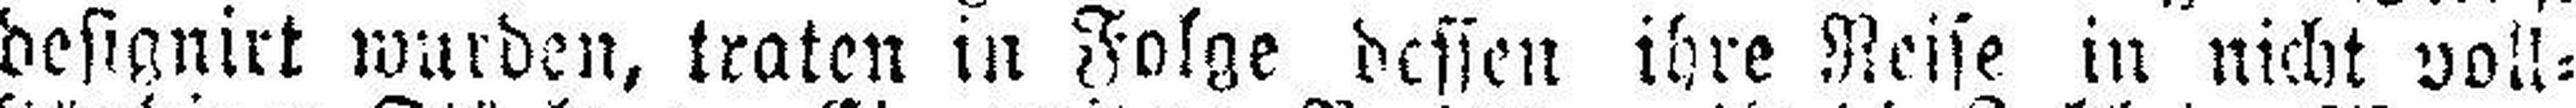
designirt wurden, traten in Folge dessen ihre Reise in nicht voll¬